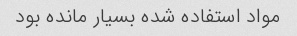
مواد استفاده شده بسیار مانده بود